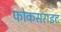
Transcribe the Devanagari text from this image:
फोकसराइट